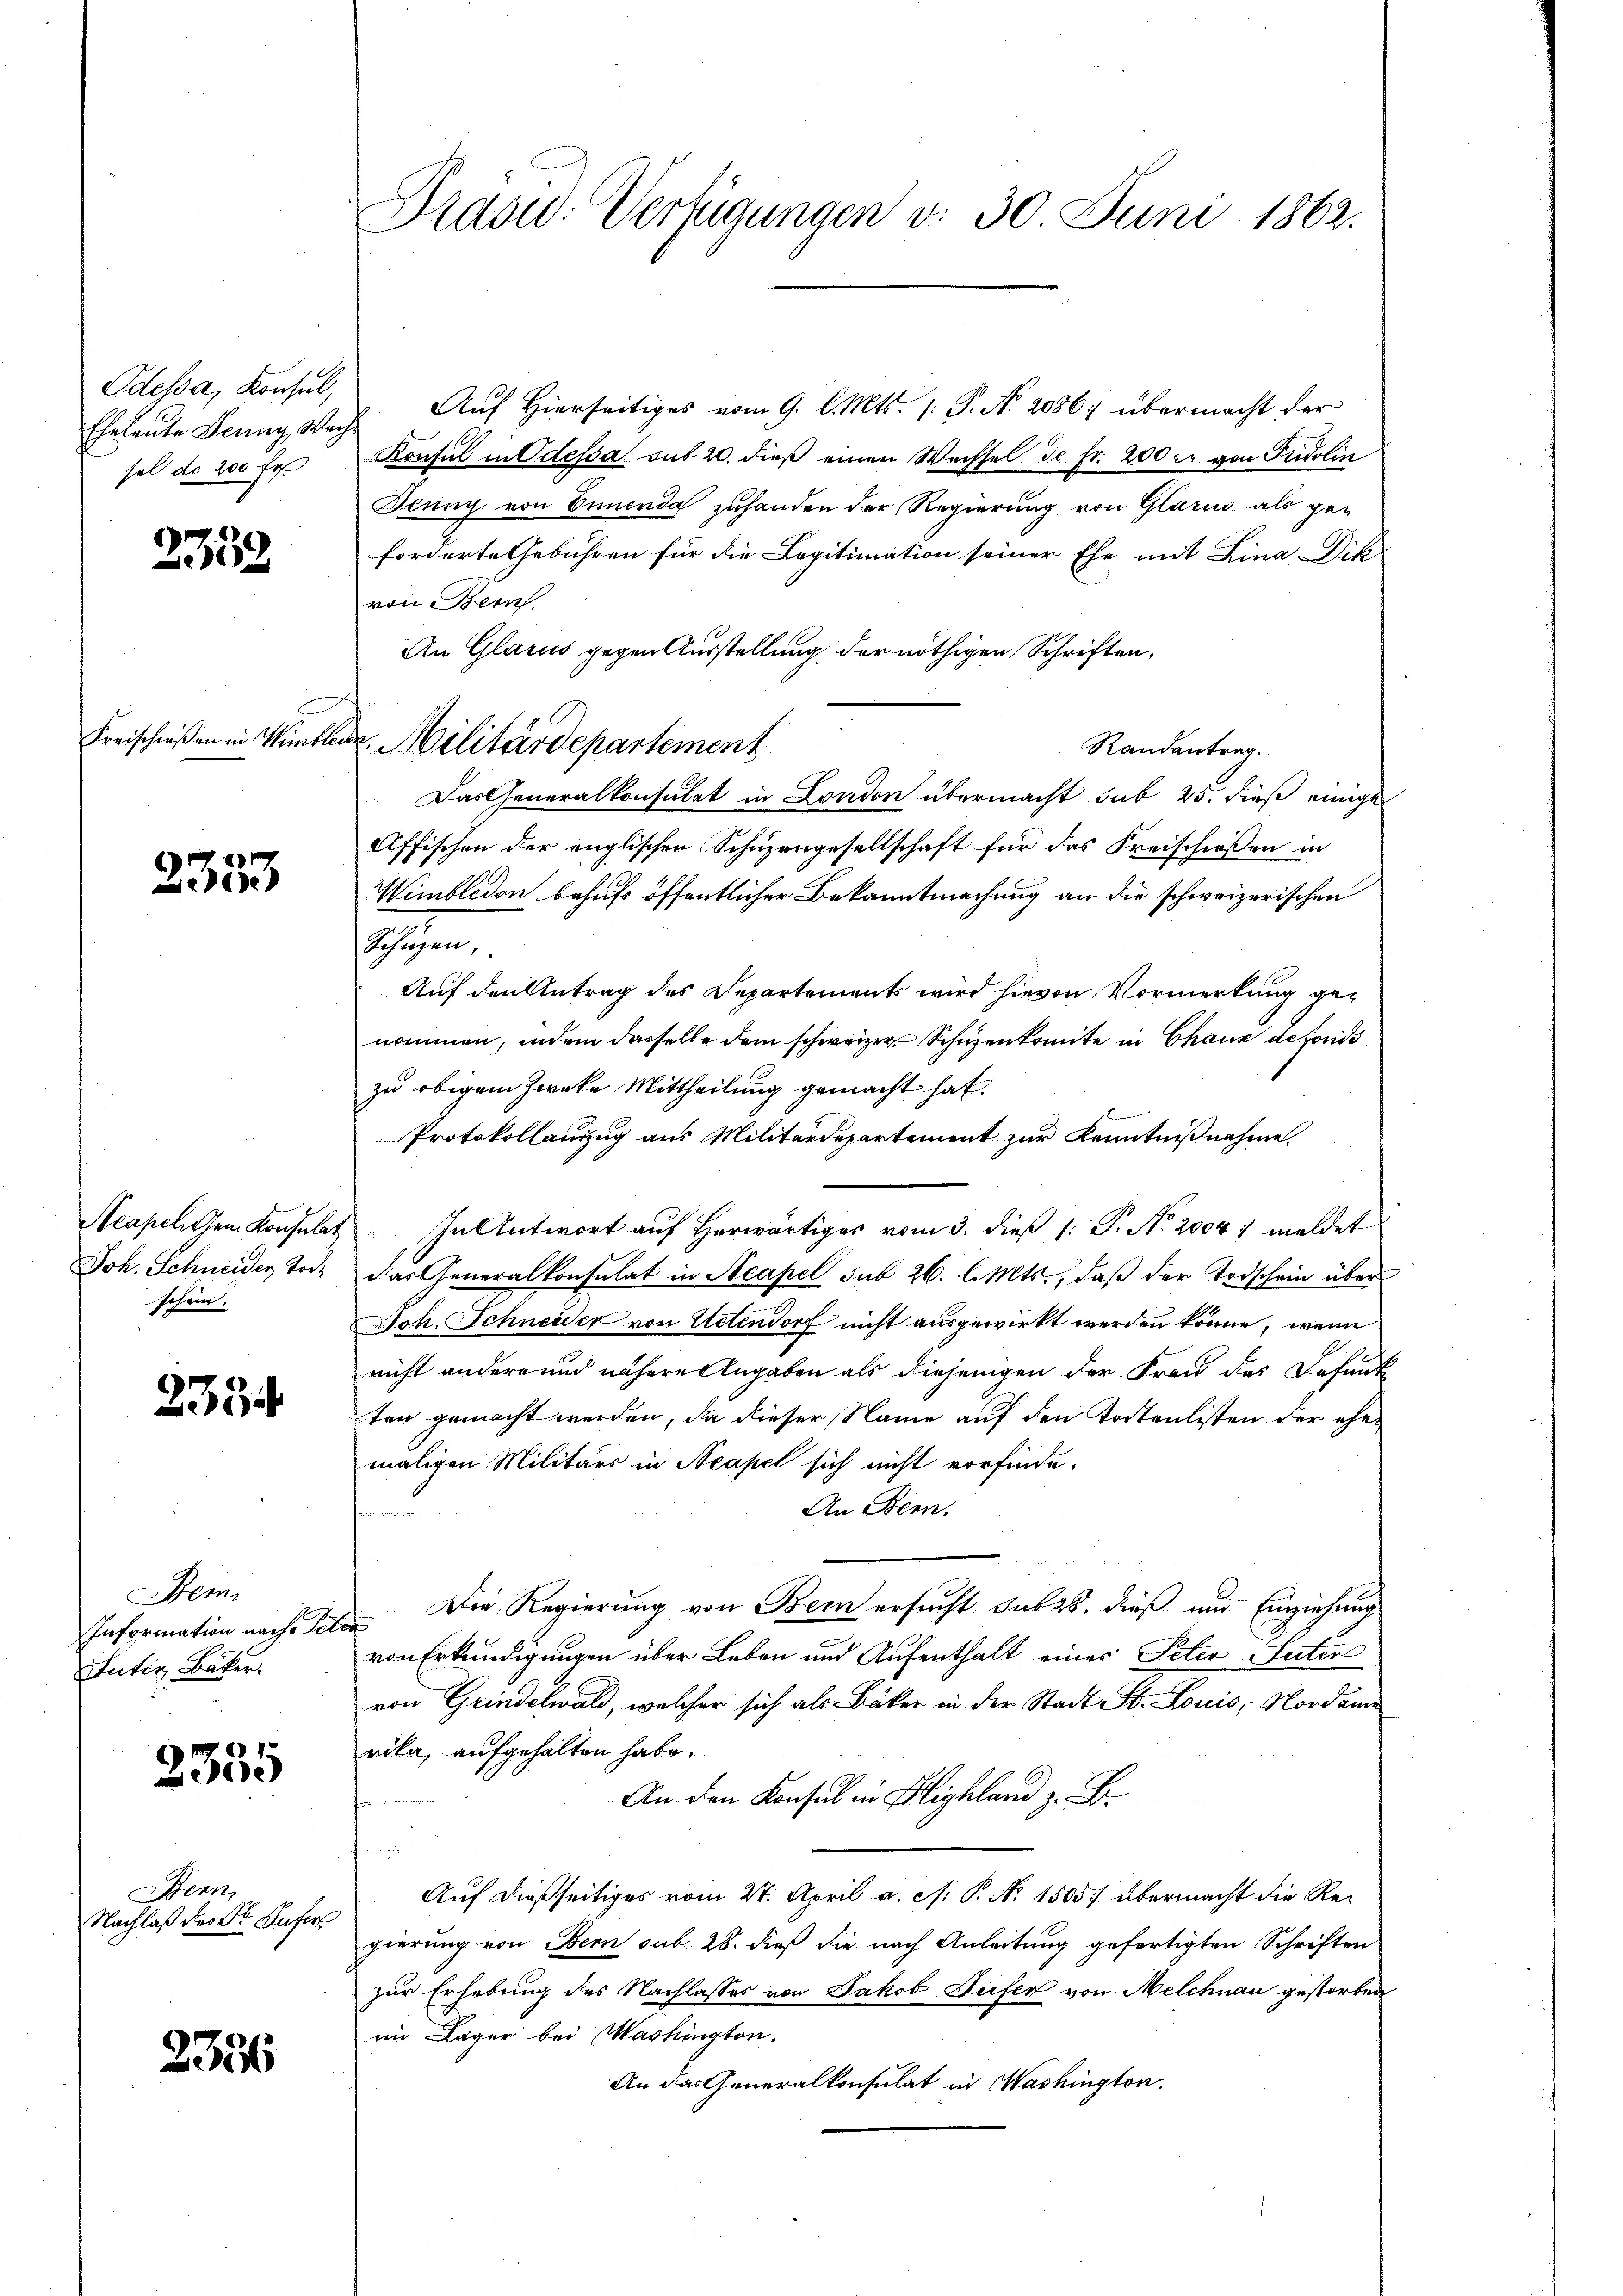
Odessa, Konsul,
Ehetente Jenny, Wag
sel do 200 fr.

235

Freischießen in Winkle

235

Acapel dem Konsulat
Joh. Schneider Tode
schen.

235

Bem
Information nach Sc
Futiv, Bäker.

2355

Bern
Nachlaß der Dr. Pufer

235

Prasid. Verfügungen v. 30. Juni 1862.

". Auf Hierseitiges vom 9. l. Mts. 1. P. Nr. 20867 übermacht der
Konsul in Odessa auf 20. dieß einen Wechsel de Fr. 200 c. von Fridolin
Jeung von Ennenda zuhanden der Regierung von Glarus, als geforderte Gebühren für die Legitimation seiner Ehe mit Lina Dik
von Bern
An Glarus gegen Ausstellung der nöthigen Schriften.
Randantrag.
Das Generalkonsulat in London übermacht sub 25. dieß einige
Affischen der englischen Schüzengesellschaft für das Kreischießen in
Wimbledon behufs öffentlicher Bekanntmachung an die schweizerischen
Schüzen,
Auf den Antrag des Departements wird hievon Vormerkung genommen, indem dasselbe dem schweizer Schuzenkomite in Chaux de fonds
zu obigem Zwecke Mittheilung gemacht hat.
Protokollanzug aus Militärdepartement zur Kenntnißnahme.
In Antwort auf Herwärtiges vom 3. dieß 1: P. No. 20047 meldet
das Generalkonsulat in Neapel sub 26. l. Mts., daß der Todschein über
Joh. Schneider von Uetendorf nicht ausgewirkt werden könne, wenn
nicht andern und nähere Angaben als diejenigen der Frau des Defent
ten gemacht werden, da dieser Name auf den Tortenlisten der ehemaligen Militärs in Neapel sich nicht vorfinde.
An Bern.
Die Regierung von Bern ersucht dass dieß und Einziehung
t
von Erkundigungen über Leben und Aufenthalt eines Peter Seiter
von Grindelwald, welcher sich als Bäker in der Stadt St. Louis, Nordame
rika, aufgehalten habe.
An den Konsul in Highland z. B.
Auf dießseitiges vom 27. April a. c. P. Nr. 1505 übermacht die Regierung von Bern sub 28. dieß sie nach Anleitung gefertigten Schriften
zur Erhebung des Nachlasses von Jakob Tiefer von Melchnau gestorben
im Lager bei Washington.
An das Generalkonsulat in Washington.

Militärdepartement